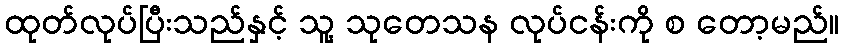
ထုတ်လုပ်ပြီးသည်နှင့် သူ့ သုတေသန လုပ်ငန်းကို စ တော့မည်။